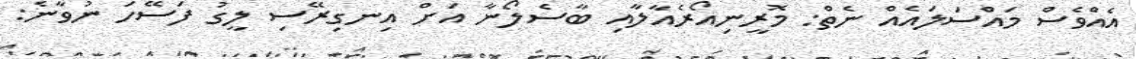
އެއްވެސް މައްސަލައެއް ނެތް: މޮރީނިއޯރެއާލާއި ބާސެލޯނާ އަށް އިނގިރޭސި ލީގު ފަސޭހަ ނުވާނެ: